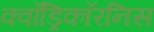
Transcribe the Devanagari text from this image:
क्वॉड्रिकॉरनिस